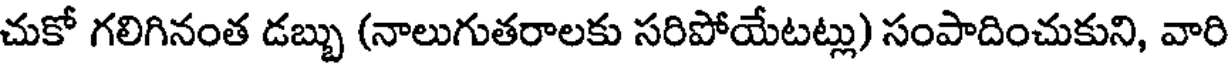
చుకో గలిగినంత డబ్బు (నాలుగుతరాలకు సరిపోయేటట్లు) సంపాదించుకుని, వారి